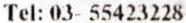
TEL: 03- 55423228